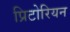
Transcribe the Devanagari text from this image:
प्रिटोरियन